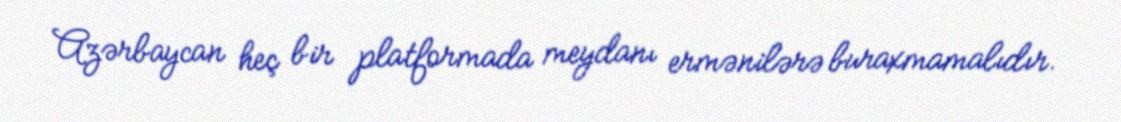
Azərbaycan heç bir platformada meydanı ermənilərə buraxmamalıdır.